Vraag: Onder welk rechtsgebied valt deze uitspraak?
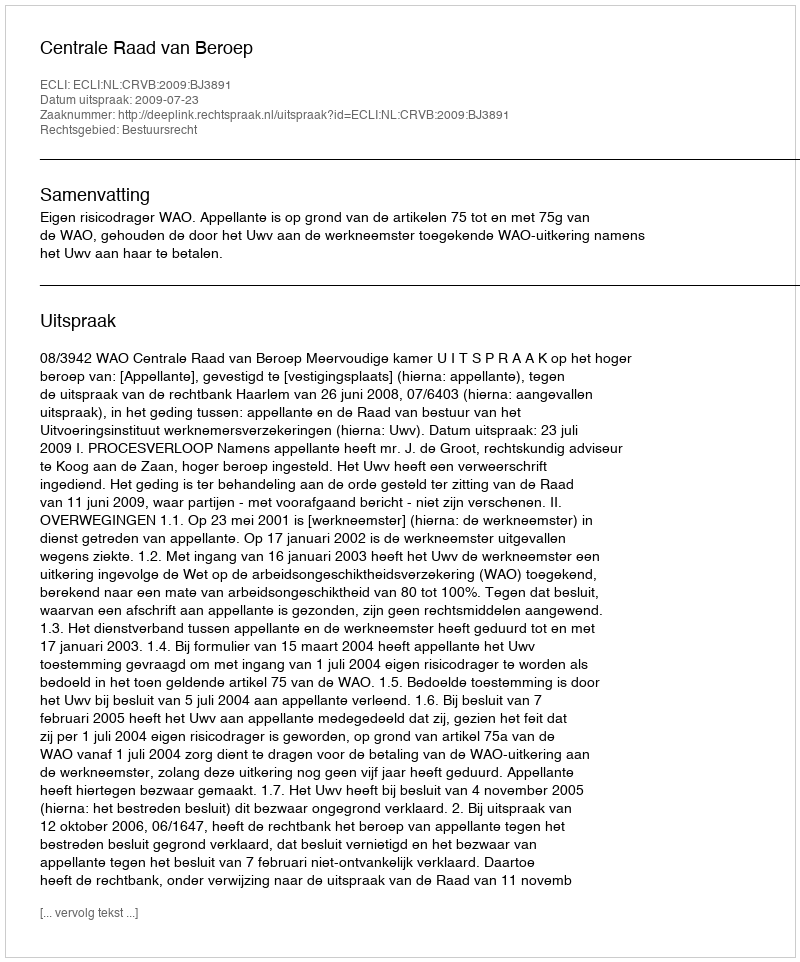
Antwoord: Bestuursrecht